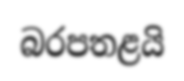
බරපතළයි